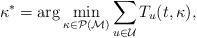
LaTeX: \begin{align*}\kappa^* = \arg \min_{\kappa \in \mathcal{P}(\mathcal{M})} \sum_{u \in \mathcal{U}} T_u(t,\kappa),\end{align*}